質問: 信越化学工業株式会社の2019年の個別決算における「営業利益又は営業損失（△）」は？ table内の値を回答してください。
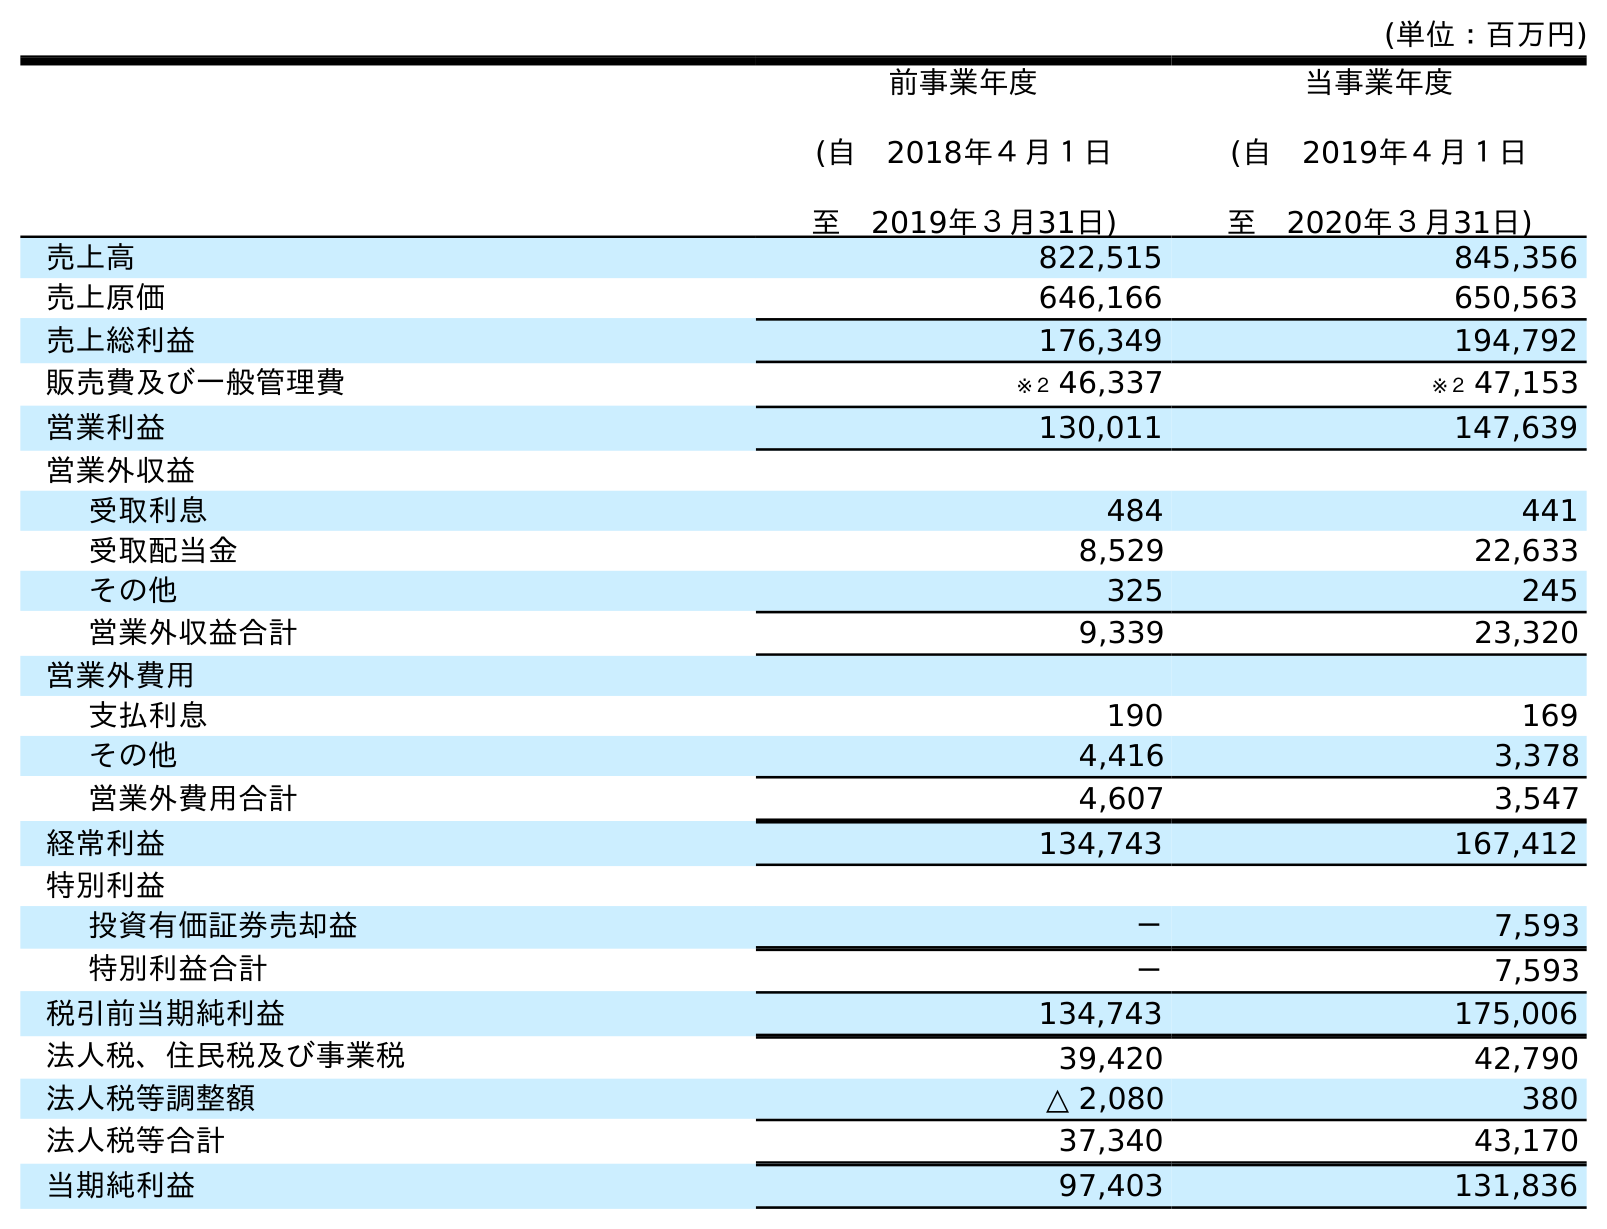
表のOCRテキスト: (単位：百万円) 前事業年度 (自 2018年４月１日 至 2019年３月31日) 当事業年度 (自 2019年４月１日 至 2020年３月31日) 売上高 822,515 845,356 売上原価 646,166 650,563 売上総利益 176,349 194,792 販売費及び一般管理費 ※２ 46,337 ※２ 47,153 営業利益 130,011 147,639 営業外収益 受取利息 484 441 受取配当金 8,529 22,633 その他 325 245 営業外収益合計 9,339 23,320 営業外費用 支払利息 190 169 その他 4,416 3,378 営業外費用合計 4,607 3,547 経常利益 134,743 167,412 特別利益 投資有価証券売却益 － 7,593 特別利益合計 － 7,593 税引前当期純利益 134,743 175,006 法人税、住民税及び事業税 39,420 42,790 法人税等調整額 △ 2,080 380 法人税等合計 37,340 43,170 当期純利益 97,403 131,836
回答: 130,011